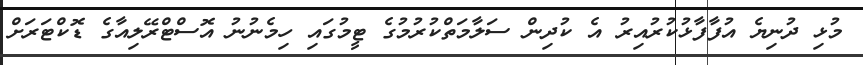
މުޅި ދުނިޔެ އުފާފާޅުކުރުއިރު އެ ކުދިން ސަލާމަތްކުރުމުގެ ޓީމުގައި ހިމެނުނު އޮސްޓްރޭލިއާގެ ޑޮކްޓަރަށް